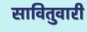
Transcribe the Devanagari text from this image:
सावितुवारी